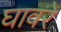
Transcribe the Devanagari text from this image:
घावरे